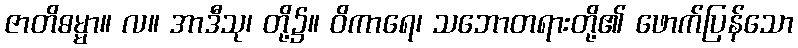
ဇာတိဓမ္မာ။ လ။ အာဒီသု၊ တို့၌။ ဝိကာရေ၊ သဘောတရားတို့၏ ဖောက်ပြန်သော